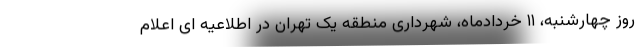
روز چهارشنبه، ۱۱ خردادماه، شهرداری منطقه یک تهران در اطلاعیه ای اعلام